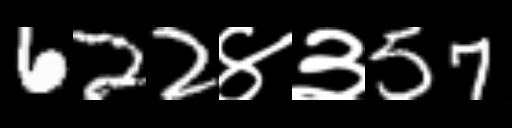
Text: 622४३57